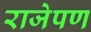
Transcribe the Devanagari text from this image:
राजेपण